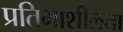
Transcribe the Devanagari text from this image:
प्रतिभाशीलता